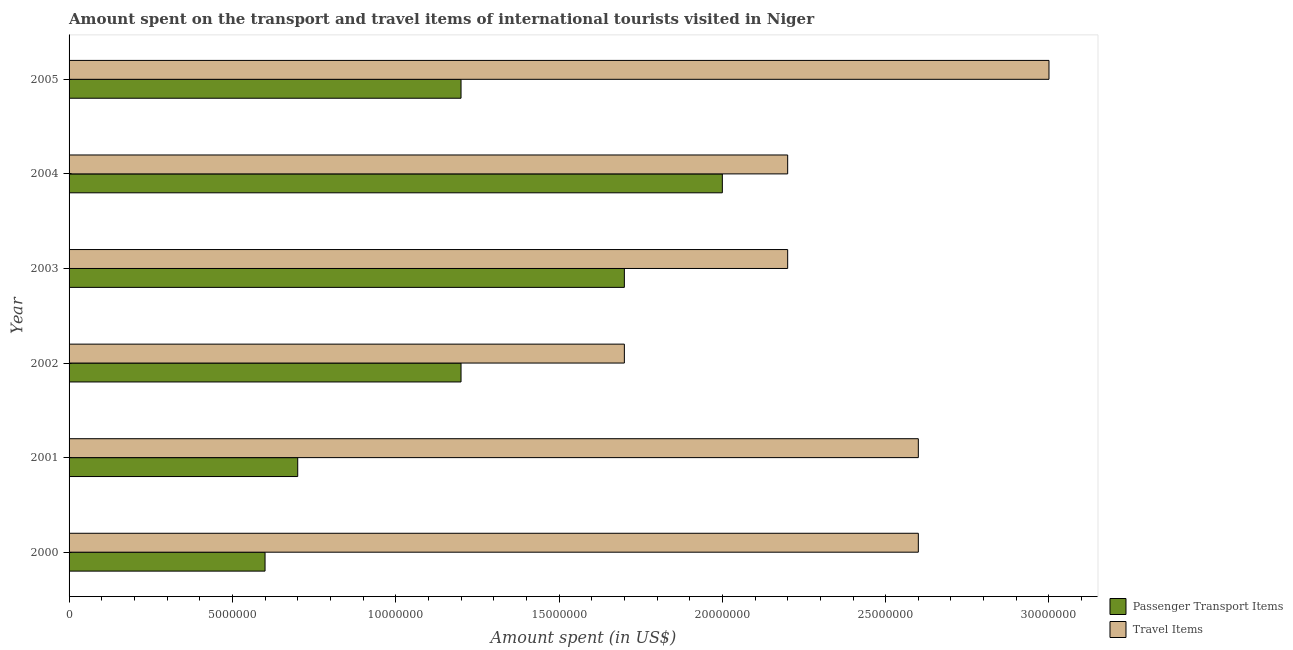
| Year | Passenger Transport Items | Travel Items |
 | --- | --- | --- |
 | 2000 | 6e+06 | 2.6e+07 |
 | 2001 | 7e+06 | 2.6e+07 |
 | 2002 | 1.2e+07 | 1.7e+07 |
 | 2003 | 1.7e+07 | 2.2e+07 |
 | 2004 | 2e+07 | 2.2e+07 |
 | 2005 | 1.2e+07 | 3e+07 |